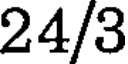
24/3